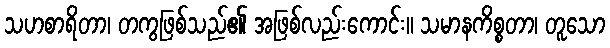
သဟစာရိတာ၊ တကွဖြစ်သည်၏ အဖြစ်လည်းကောင်း။ သမာနကိစ္စတာ၊ တူသော